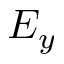
E _ { y }